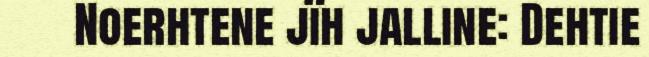
Noerhtene jïh jalline: Dehtie